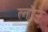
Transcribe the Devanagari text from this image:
लोरे